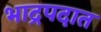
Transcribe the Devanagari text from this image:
भाद्रपदात